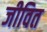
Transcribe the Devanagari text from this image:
जीवित